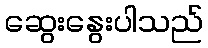
ဆွေးနွေးပါသည်